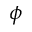
\phi